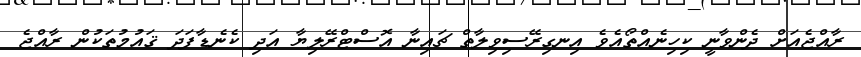
ރާއްޖެއަށް ދެންވާނީ ކިހިނެއްތޯއެވެ އިނގިރޭސިވިލާތް ޗައިނާ އޮސްޓްރޭލިޔާ އަދި ކެނެޑާފަދަ ޤައުމުތަކުން ރާއްޖެ